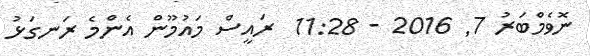
ނޮވެމްބަރު 7